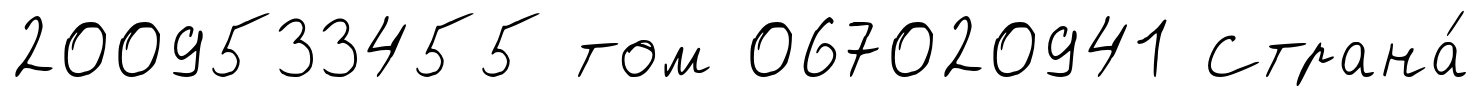
2009533455 том 067020941 Страна́